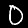
Digit: 0